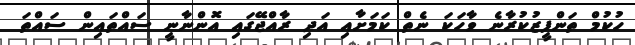
ހުކުމް ތަންފީޒުކުރާނެ ވާހަކަ ނެތް ކަމަށާއި އަދި ރާއްޖޭގައި އޮންނާނީ ސައްތައިން ސައްތަ